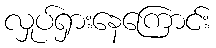
လှုပ်ရှားနေကြောင်း